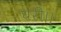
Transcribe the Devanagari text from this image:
घरी।।